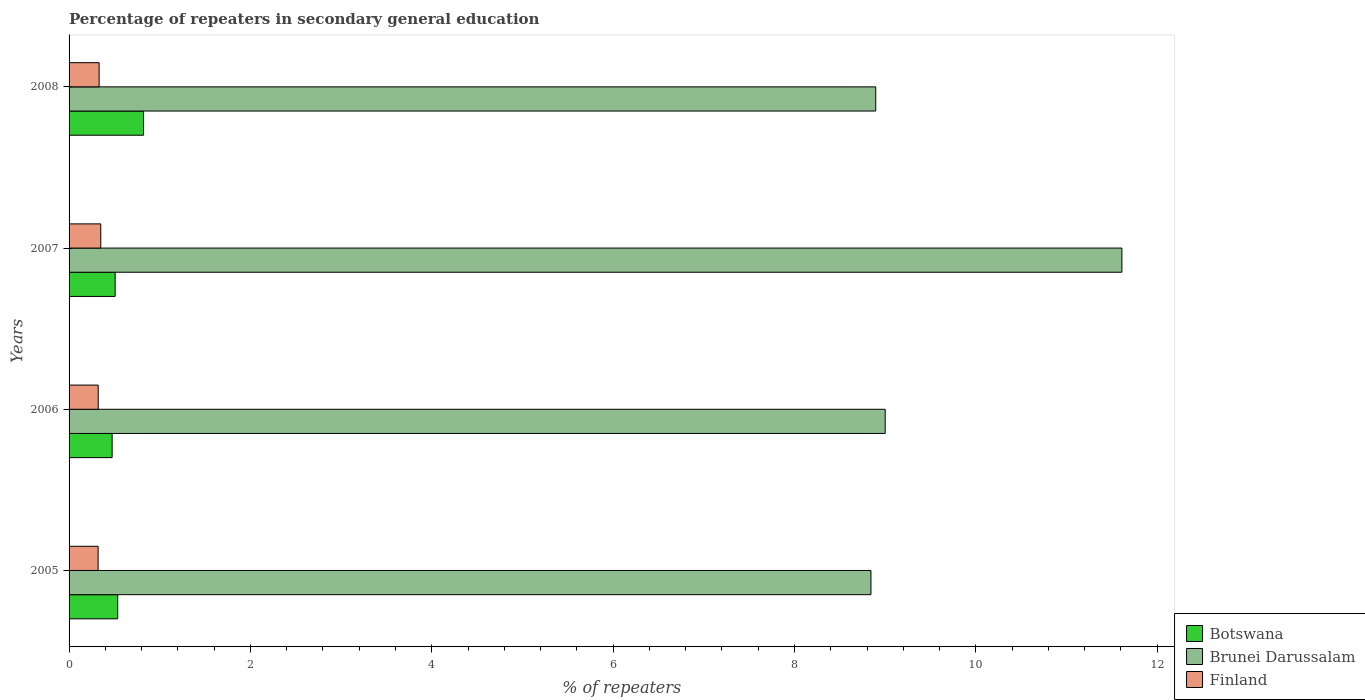
| Years | Botswana | Brunei Darussalam | Finland |
 | --- | --- | --- | --- |
 | 2005 | 0.536 | 8.84 | 0.32 |
 | 2006 | 0.475 | 9 | 0.321 |
 | 2007 | 0.508 | 11.6 | 0.35 |
 | 2008 | 0.821 | 8.9 | 0.331 |